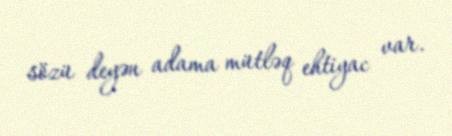
sözü deyən adama mütləq ehtiyac var.